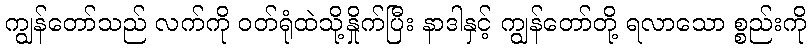
ကျွန်တော်သည် လက်ကို ဝတ်ရုံထဲသို့နှိုက်ပြီး နာဒါနှင့် ကျွန်တော်တို့ ရလာသော စ္စည်းကို